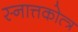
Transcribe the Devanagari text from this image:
स्नात्तकोत्त्र